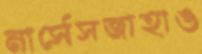
নার্সেসজাহাঙ